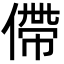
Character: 僀